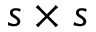
s \times s